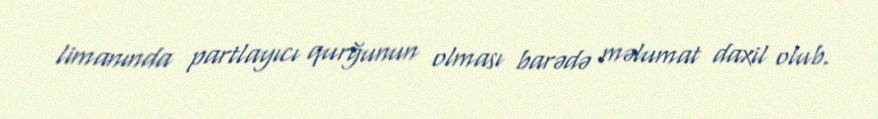
limanında partlayıcı qurğunun olması barədə məlumat daxil olub.